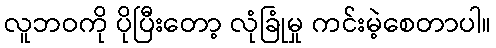
လူဘဝကို ပိုပြီးတော့ လုံခြုံမှု ကင်းမဲ့စေတာပါ။